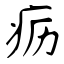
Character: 疬